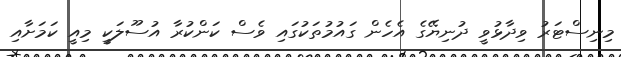
މިނިސްޓަރު ވިދާޅުވީ ދުނިޔޭގެ އެހެން ގައުމުތަކުގައި ވެސް ކަންކުރާ އުސޫލަކީ މިއީ ކަމަށާއި